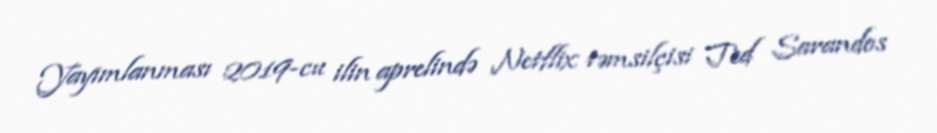
Yayımlanması 2019-cu ilin aprelində Netflix təmsilçisi Ted Sarandos